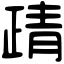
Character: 靕